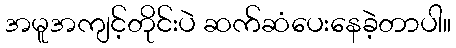
အမူအကျင့်တိုင်းပဲ ဆက်ဆံပေးနေခဲ့တာပါ။